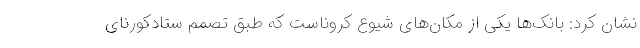
نشان کرد: بانک‌ها یکی از مکان‌های شیوع کروناست که طبق تصمم ستادکورنای